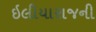
ઇલીયારાજની